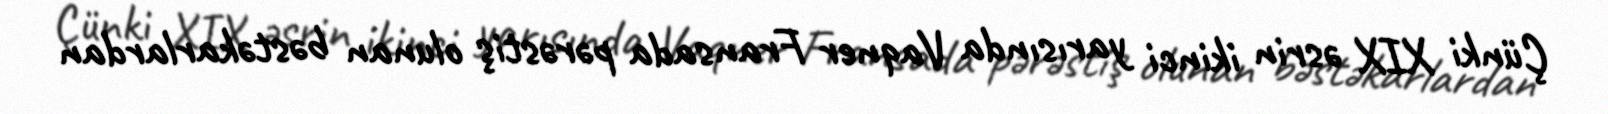
Çünki XIX əsrin ikinci yarısında Vaqner Fransada pərəstiş olunan bəstəkarlardan